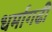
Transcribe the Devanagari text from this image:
धर्मागढी